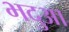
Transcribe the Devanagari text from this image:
भदुआ